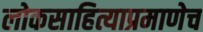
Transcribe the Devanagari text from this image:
लोकसाहित्याप्रमाणेच